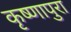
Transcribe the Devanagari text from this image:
कृष्णापुरा